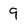
Character: 9